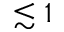
\lesssim 1